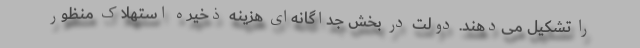
را تشکیل می‌دهند. دولت در بخش جداگانه‌ای هزینه ذخیره استهلاک منظور